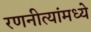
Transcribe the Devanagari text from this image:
रणनीत्यांमध्ये